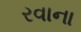
રવાના